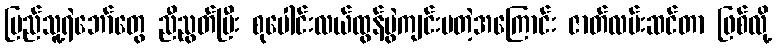
ပြည်သူ့ရဲဘော်တွေ ညီညွတ်ပြီး စုပေါင်းလယ်ထွန်ပွဲကျင်းပတဲ့အကြောင်း ဇာတ်လမ်းဆင်တာ ဖြစ်လို့